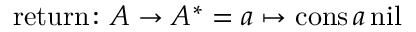
{ \mathrm { r e t u r n } } \colon A \to A ^ { * } = a \mapsto { \mathrm { c o n s } } \, a \, { \mathrm { n i l } }